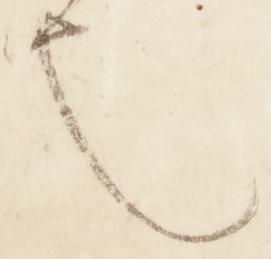
也